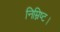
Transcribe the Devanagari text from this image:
निम्निष्ट।